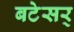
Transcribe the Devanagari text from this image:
बटेसर्